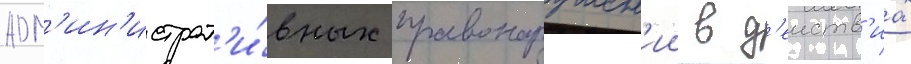
адм'ин'истрат'и́вных правонарушен'ии в д'еиств'иах